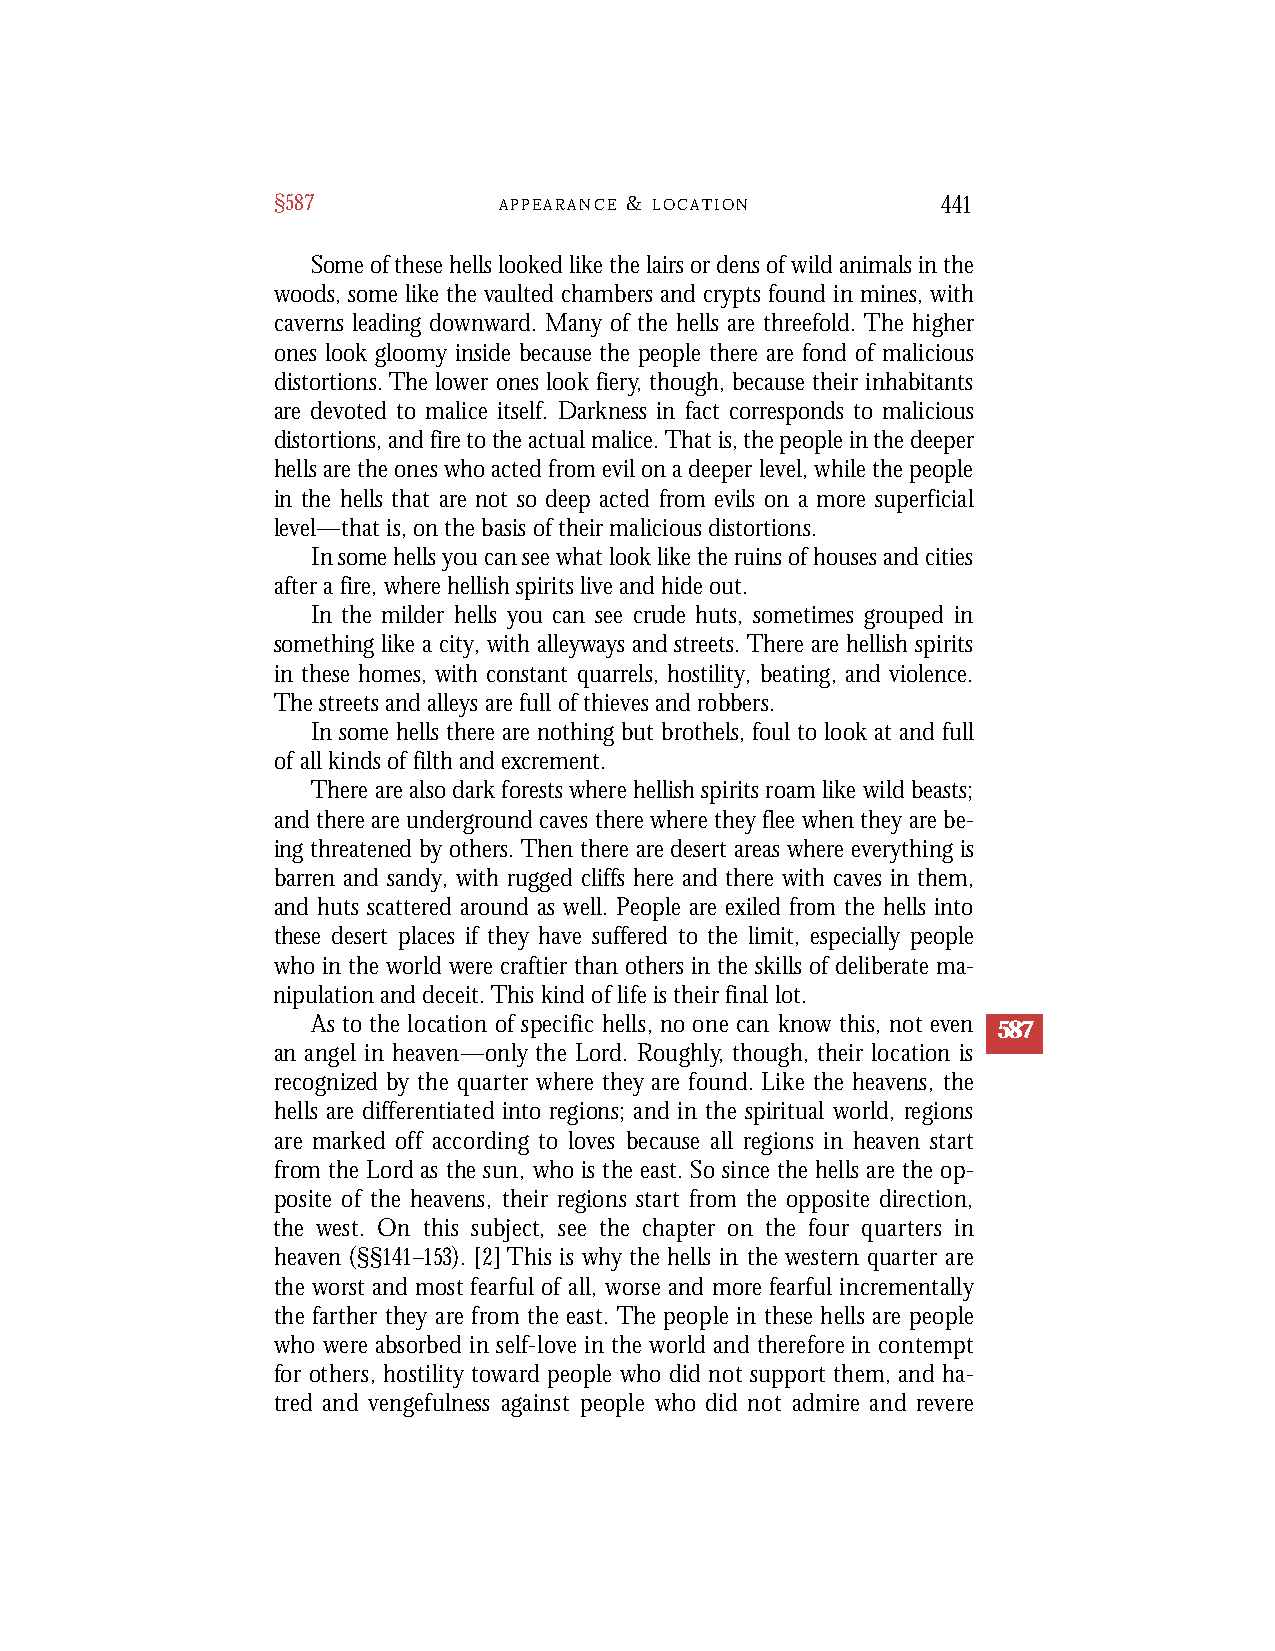
§587           A P P E A R A N C E & L O C A T I O N 441
 Some of these hells looked like the lairs or dens of wild animals in the
 woods, some like the vaulted chambers and crypts found in mines, with
 caverns leading downward. Many of the hells are threefold. The higher
 ones look gloomy inside because the people there are fond of malicious
 distortions. The lower ones look fiery, though, because their inhabitants
 are devoted to malice itself. Darkness in fact corresponds to malicious
 distortions, and fire to the actual malice. That is, the people in the deeper
 hells are the ones who acted from evil on a deeper level, while the people
 in the hells that are not so deep acted from evils on a more superficial
 level—that is, on the basis of their malicious distortions.
 In some hells you can see what look like the ruins of houses and cities
 after a fire, where hellish spirits live and hide out.
 In the milder hells you can see crude huts, sometimes grouped in
 something like a city, with alleyways and streets. There are hellish spirits
 in these homes, with constant quarrels, hostility, beating, and violence.
 The streets and alleys are full of thieves and robbers.
 In some hells there are nothing but brothels, foul to look at and full
 of all kinds of filth and excrement.
 There are also dark forests where hellish spirits roam like wild beasts;
 and there are underground caves there where they flee when they are be-
 ing threatened by others. Then there are desert areas where everything is
 barren and sandy, with rugged cliffs here and there with caves in them,
 and huts scattered around as well. People are exiled from the hells into
 these desert places if they have suffered to the limit, especially people
 who in the world were craftier than others in the skills of deliberate ma-
 nipulation and deceit. This kind of life is their final lot.
 As to the location of specific hells, no one can know this, not eve n 587
 an angel in heaven—only the Lord. Ro u g h l y, though, their location is
 re c o g n i zed by the quarter where they are found. Like the heavens, the
 hells are differentiated into regions; and in the spiritual world, re g i o n s
 a re marked off according to loves because all regions in heaven start
 f rom the Lord as the sun, who is the east. So since the hells are the op-
 posite of the heavens, their regions start from the opposite dire c t i o n ,
 the west. On this subject, see the chapter on the four quarters in
 h e a ven (§§1 4 1–1 5 3). [2] This is why the hells in the western quarter are
 the worst and most fearful of all, worse and more fearful incre m e n t a l l y
 the farther they are from the east. The people in these hells are people
 who we re absorbed in self-love in the world and there f o re in contempt
 for others, hostility tow a rd people who did not support them, and ha-
 t red and vengefulness against people who did not admire and re ve re